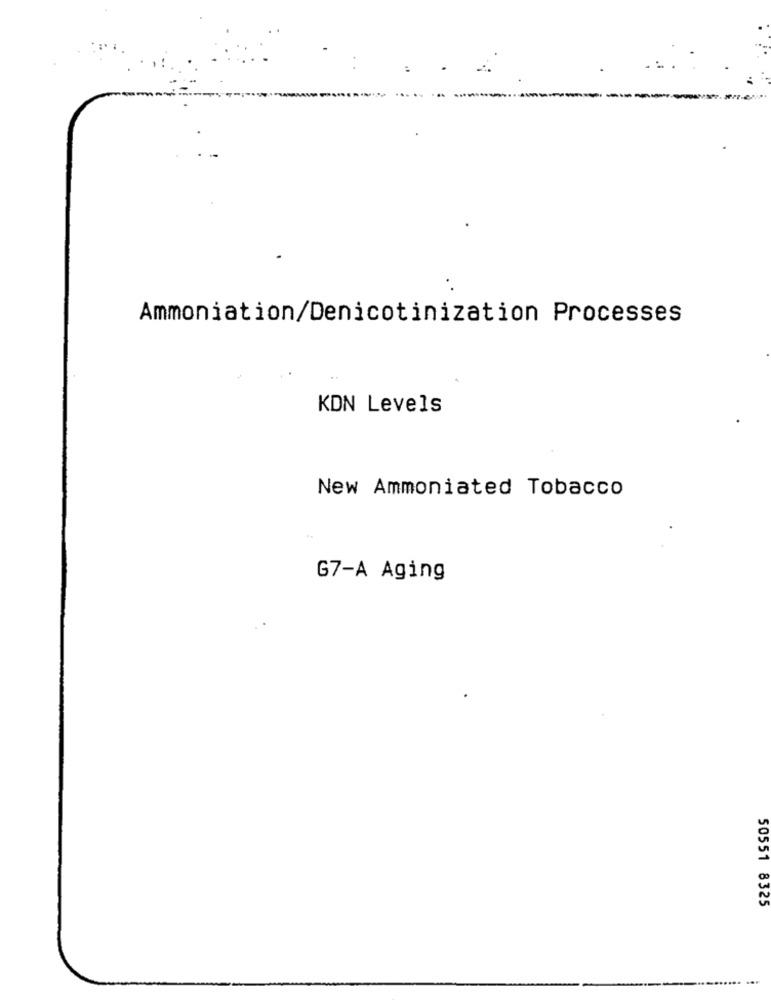
Ammoniation/Denicotinization Processes
KDN Levels
New Ammoniated Tobacco
G7-A Aging
50551 8325